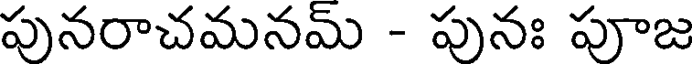
పునరాచమనమ్ - పునః పూజ